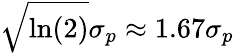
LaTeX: \sqrt{\ln(2)}\sigma_{p}\approx 1.67\sigma_{p}